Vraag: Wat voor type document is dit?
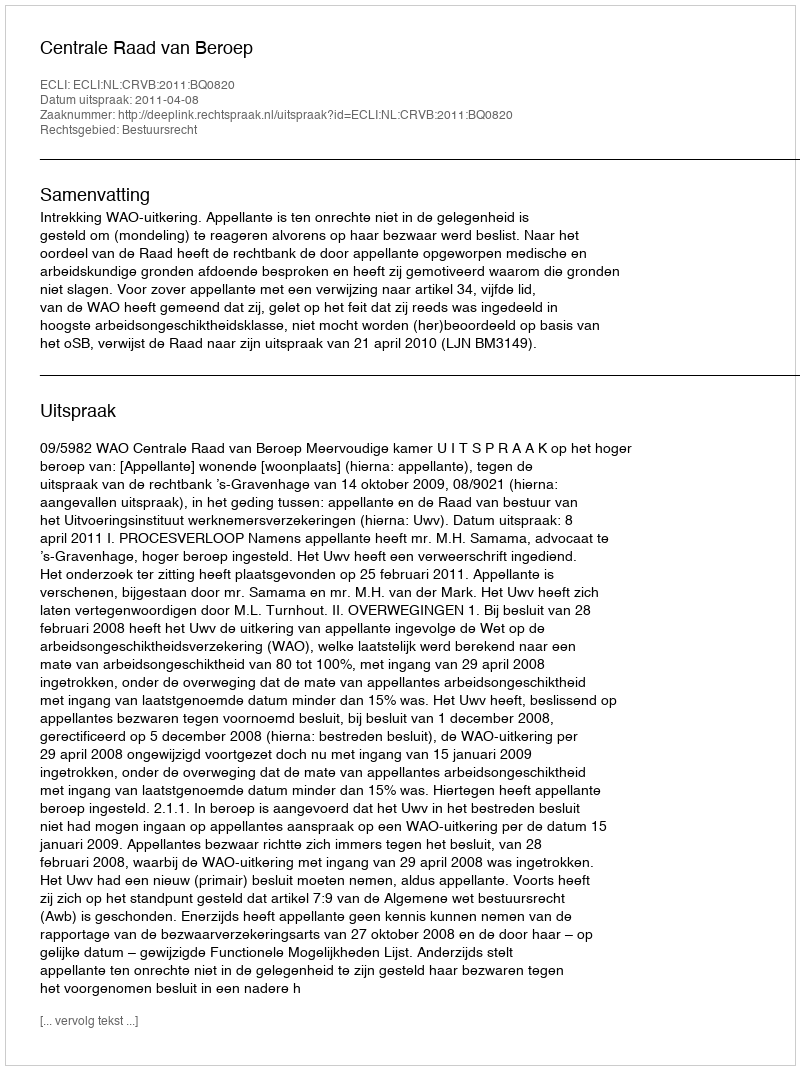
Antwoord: Uitspraak